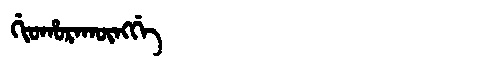
Manchu: ᡤᡳᠣᡥᠣᡵᠠᡴᡡᠩᡤᡝ
Romanization: GIOHORAKŪNGGE